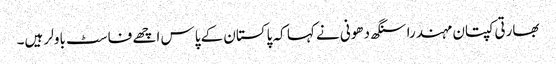
بھارتی کپتان مہندرا سنگھ دھونی نے کہا کہ پاکستان کے پاس اچھے فاسٹ باولر ہیں۔